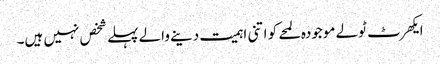
ایکھرٹ ٹولے موجودہ لمحے کو اتنی اہمیت دینے والے پہلے شخص نہیں ہیں۔